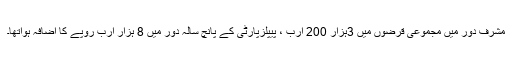
مشرف دور میں مجموعی قرضوں میں 3ہزار 200 ارب ، پیپلزپارٹی کے پانچ سالہ دور میں 8 ہزار ارب روپے کا اضافہ ہواتھا۔